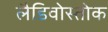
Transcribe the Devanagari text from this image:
लैडिवोस्तोक